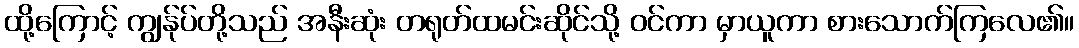
ထို့ကြောင့် ကျွန်ုပ်တို့သည် အနီးဆုံး တရုတ်ထမင်းဆိုင်သို့ ဝင်ကာ မှာယူကာ စားသောက်ကြလေ၏။